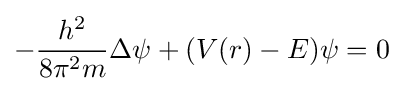
-{\frac {h^{2}}{8\pi ^{2}m}}\Delta \psi +(V(r)-E)\psi =0